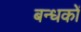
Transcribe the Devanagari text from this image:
बन्धकों